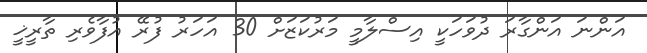
އަންނަ އަންގާރަ ދުވަހަކީ އިސްލާމީ މަރުކަޒަށް 30 އަހަރު ފުރޭ އުފާވެރި ތާރީޚީ